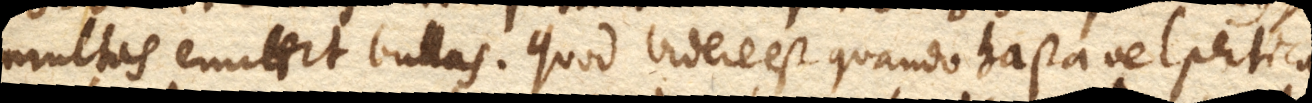
multas emittit bullas. Quod videre est quando hasta vel pertica